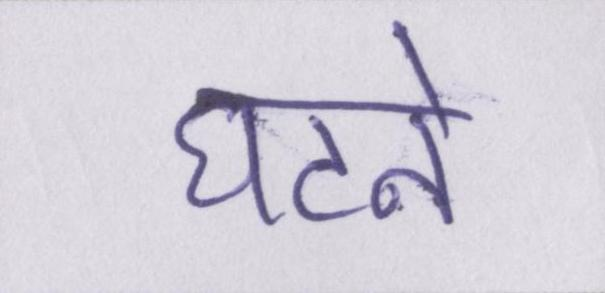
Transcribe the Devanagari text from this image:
घटने